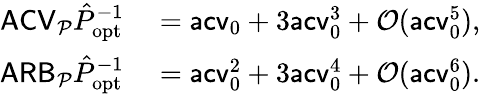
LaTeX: \begin{array}{rl}{\mathsf{ACV}_{\mathcal P}\hat{P}_{\mathrm{opt}}^{-1}}&{{}=\mathsf{acv}_{0}+3\mathsf{acv}_{0}^{3}+\mathcal O(\mathsf{acv}_{0}^{5}),}\\ {\mathsf{ARB}_{\mathcal P}\hat{P}_{\mathrm{opt}}^{-1}}&{{}=\mathsf{acv}_{0}^{2}+3\mathsf{acv}_{0}^{4}+\mathcal O(\mathsf{acv}_{0}^{6}).}\end{array}